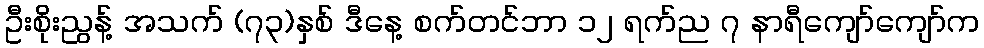
ဦးစိုးညွန့် အသက် (၇၃)နှစ် ဒီနေ့ စက်တင်ဘာ ၁၂ ရက်ည ၇ နာရီကျော်ကျော်က